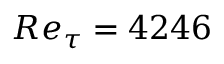
R e _ { \tau } = 4 2 4 6